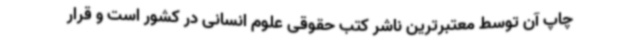
چاپ آن توسط معتبرترین ناشر کتب حقوقی علوم انسانی در کشور است و قرار